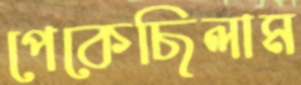
পেকেছিলাম